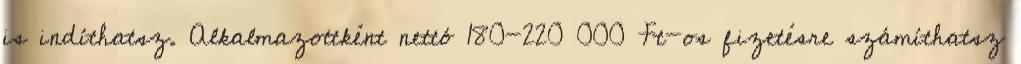
is indíthatsz. Alkalmazottként nettó 180-220 000 Ft-os fizetésre számíthatsz